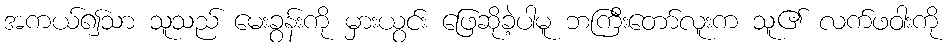
အကယ်၍သာ သူသည် မေးခွန်းကို မှားယွင်း ဖြေဆိုခဲ့ပါမူ ဘကြီးတော်လူးက သူ၏ လက်ဖဝါးကို